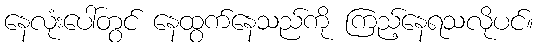
နေလုံးပေါ်တွင် နေထွက်နေသည်ကို ကြည့်နေရသလိုပင်။